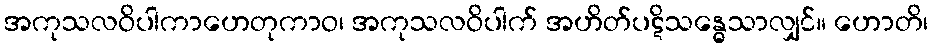
အကုသလဝိပါကာဟေတုကာဝ၊ အကုသလဝိပါက် အဟိတ်ပဋိသန္ဓေသာလျှင်။ ဟောတိ၊